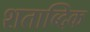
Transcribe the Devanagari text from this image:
शताब्दिक